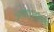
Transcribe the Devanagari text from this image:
आत्तापर्यन्त